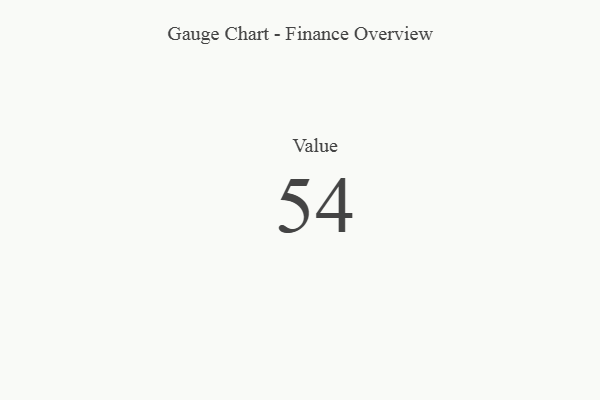
{"axis": {"x": "Metric", "y": "Value"}, "legend": [""], "data": [{"x": "Value", "y": 54, "type": ""}]}